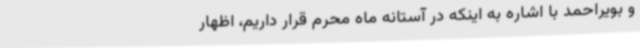
و بویراحمد با اشاره به اینکه در آستانه ماه محرم قرار داریم، اظهار